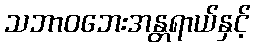
သဘာဝဘေးအန္တရာယ်နှင့်